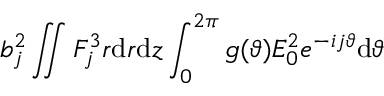
b _ { j } ^ { 2 } \iint F _ { j } ^ { 3 } r \mathrm { d } r \mathrm { d } z \int _ { 0 } ^ { 2 \pi } g ( \vartheta ) { \cal E } _ { 0 } ^ { 2 } e ^ { - i j \vartheta } \mathrm { d } \vartheta